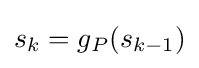
s_{k}=g_{P}(s_{k-1})